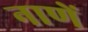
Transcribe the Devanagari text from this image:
नाणें